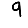
Digit: 9